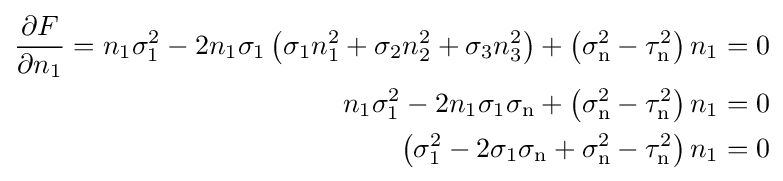
{\begin{aligned}{\frac {\partial F}{\partial n_{1}}}=n_{1}\sigma _{1}^{2}-2n_{1}\sigma _{1}\left(\sigma _{1}n_{1}^{2}+\sigma _{2}n_{2}^{2}+\sigma _{3}n_{3}^{2}\right)+\left(\sigma _{\text{n}}^{2}-\tau _{\text{n}}^{2}\right)n_{1}&=0\\n_{1}\sigma _{1}^{2}-2n_{1}\sigma _{1}\sigma _{\text{n}}+\left(\sigma _{\text{n}}^{2}-\tau _{\text{n}}^{2}\right)n_{1}&=0\\\left(\sigma _{1}^{2}-2\sigma _{1}\sigma _{\text{n}}+\sigma _{\text{n}}^{2}-\tau _{\text{n}}^{2}\right)n_{1}&=0\\\end{aligned}}